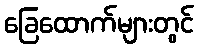
ခြေထောက်များတွင်